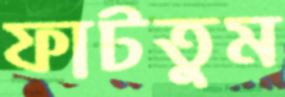
ফাটতুম